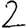
Digit: 2